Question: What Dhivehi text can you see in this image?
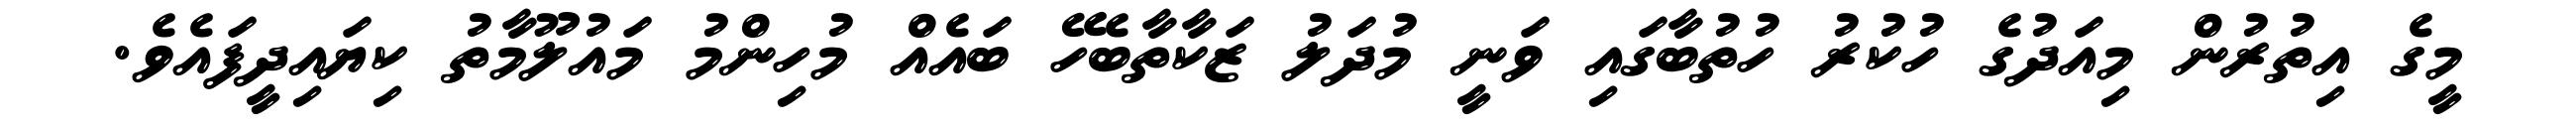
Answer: މީގެ އިތުރުން މިއަދުގެ ހުކުރު ހުތުބާގައި ވަނީ މުދަލު ޒަކާތާބެހޭ ބައެއް މުހިންމު މައުލޫމާތު ކިޔައިދީފައެވެ.